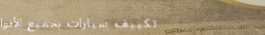
تكييف سيارات بجميع الأنوا